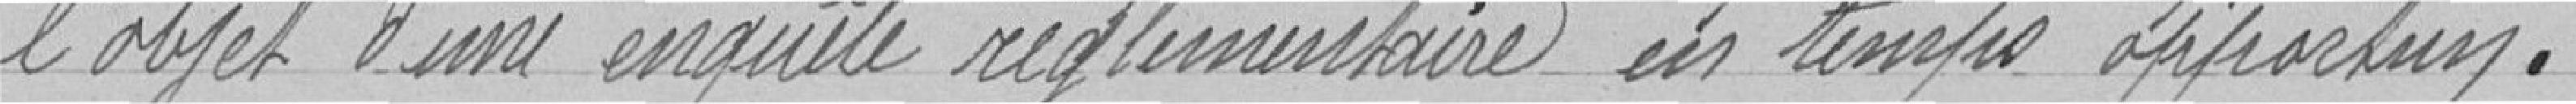
l'objet d'une enquête réglementaire en temps opportun .